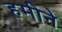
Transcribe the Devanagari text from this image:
हमीने